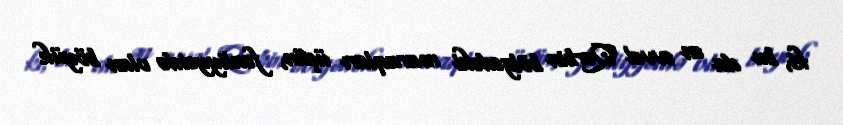
ki, bu da ən əvvəl Qərbin bölgədəki maraqları üçün, fəaliyyətdə olan böyük